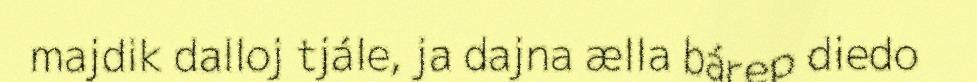
majdik dalloj tjále, ja dajna ælla bárep diedo